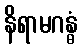
နိရာမဂန္ဓံ